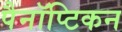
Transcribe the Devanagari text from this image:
पैनॉप्टिकन